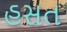
હસત